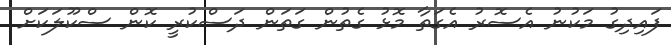
ފައިދިގު މަކުނު އެސޮރު އެގަތާ މޮޅު ގެތުން ގަތަން ދަސްކުރީ ކޮން ސްކޫލަކަށް